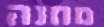
מחנה